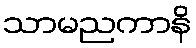
သာမညကာနိ